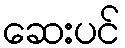
ဆေးပင်